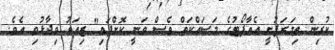
ކުރިން ތިމަރަފުށީ އެއާޕޯޓުގެ މަސައްކަތް ވެސް ވަނީ ކޮށްފައި" ޒިއަތު ވިދާޅުވި އެވެ.